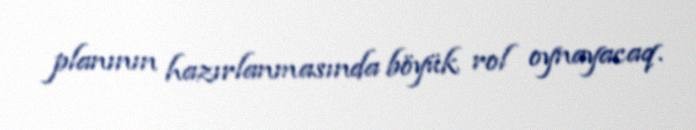
planının hazırlanmasında böyük rol oynayacaq.